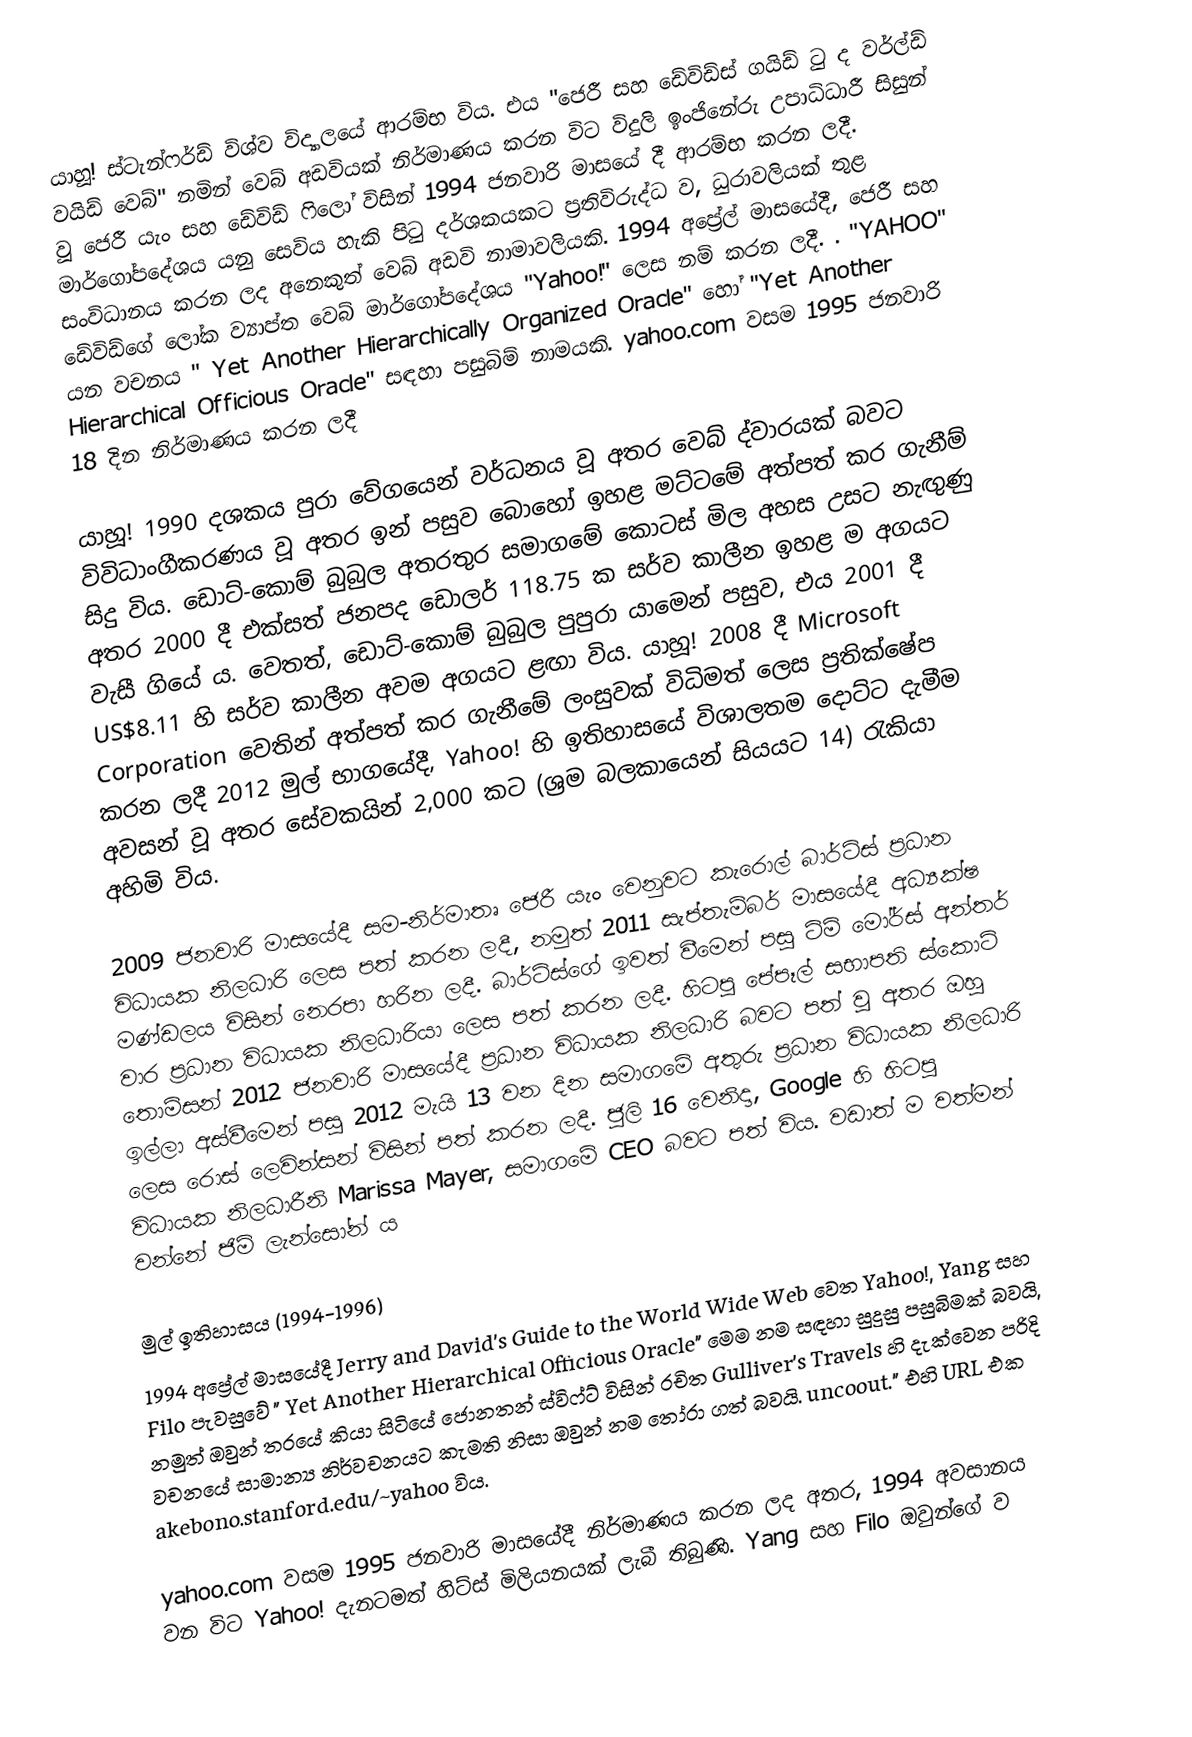
යාහූ! ස්ටැන්ෆර්ඩ් විශ්ව විද්‍යාලයේ ආරම්භ විය.  එය "ජෙරී සහ ඩේවිඩ්ස් ගයිඩ් ටු ද වර්ල්ඩ් වයිඩ් වෙබ්" නමින් වෙබ් අඩවියක් නිර්මාණය කරන විට විදුලි ඉංජිනේරු උපාධිධාරී සිසුන් වූ ජෙරී යැං සහ ඩේවිඩ් ෆිලෝ විසින් 1994 ජනවාරි මාසයේ දී ආරම්භ කරන ලදී. මාර්ගෝපදේශය යනු සෙවිය හැකි පිටු දර්ශකයකට ප්‍රතිවිරුද්ධ ව, ධුරාවලියක් තුළ සංවිධානය කරන ලද අනෙකුත් වෙබ් අඩවි නාමාවලියකි. 1994 අප්‍රේල් මාසයේදී, ජෙරී සහ ඩේවිඩ්ගේ ලෝක ව්‍යාප්ත වෙබ් මාර්ගෝපදේශය "Yahoo!" ලෙස නම් කරන ලදී. .   "YAHOO" යන වචනය " Yet Another Hierarchically Organized Oracle"  හෝ "Yet Another Hierarchical Officious Oracle" සඳහා පසුබිම් නාමයකි.  yahoo.com වසම 1995 ජනවාරි 18 දින නිර්මාණය කරන ලදී

යාහූ! 1990 දශකය පුරා වේගයෙන් වර්ධනය වූ අතර වෙබ් ද්වාරයක් බවට විවිධාංගීකරණය වූ අතර ඉන් පසුව බොහෝ ඉහළ මට්ටමේ අත්පත් කර ගැනීම් සිදු විය. ඩොට්-කොම් බුබුල අතරතුර සමාගමේ කොටස් මිල අහස උසට නැඟුණු අතර 2000 දී එක්සත් ජනපද ඩොලර් 118.75 ක සර්ව කාලීන ඉහළ ම අගයට වැසී ගියේ ය.   වෙතත්, ඩොට්-කොම් බුබුල පුපුරා යාමෙන් පසුව, එය 2001 දී US$8.11 හි සර්ව කාලීන අවම අගයට ළඟා විය. යාහූ! 2008 දී Microsoft Corporation වෙතින් අත්පත් කර ගැනීමේ ලංසුවක් විධිමත් ලෙස ප්‍රතික්ෂේප කරන ලදී  2012 මුල් භාගයේදී, Yahoo! හි ඉතිහාසයේ විශාලතම දොට්ට දැමීම අවසන් වූ අතර සේවකයින් 2,000 කට (ශ්‍රම බලකායෙන් සියයට 14) රැකියා අහිමි විය.

2009 ජනවාරි මාසයේදී සම-නිර්මාතෘ ජෙරී යැං වෙනුවට කැරොල් බාර්ට්ස් ප්‍රධාන විධායක නිලධාරි ලෙස පත් කරන ලදී,  නමුත් 2011 සැප්තැම්බර් මාසයේදී අධ්‍යක්ෂ මණ්ඩලය විසින් නෙරපා හරින ලදී. බාර්ට්ස්ගේ ඉවත් වීමෙන් පසු ටිම් මෝර්ස් අන්තර් වාර ප්‍රධාන විධායක නිලධාරියා ලෙස පත් කරන ලදී.  හිටපු පේපෑල් සභාපති ස්කොට් තොම්සන් 2012 ජනවාරි මාසයේදී ප්‍රධාන විධායක නිලධාරි බවට පත් වූ අතර ඔහු ඉල්ලා අස්වීමෙන් පසු 2012 මැයි 13 වන දින සමාගමේ අතුරු ප්‍රධාන විධායක නිලධාරි ලෙස රොස් ලෙවින්සන් විසින් පත් කරන ලදී. ජුලි 16 වෙනිදා, Google හි හිටපු විධායක නිලධාරීනි Marissa Mayer, සමාගමේ CEO බවට පත් විය.  වඩාත් ම වත්මන් වන්නේ ජිම් ලැන්සෝන් ය

මුල් ඉතිහාසය (1994-1996)
1994 අප්‍රේල් මාසයේදී Jerry and David's Guide to the World Wide Web වෙත Yahoo!, Yang සහ Filo පැවසුවේ " Yet Another Hierarchical Officious Oracle" මෙම නම සඳහා සුදුසු පසුබිමක් බවයි, නමුත් ඔවුන් තරයේ කියා සිටියේ ජොනතන් ස්විෆ්ට් විසින් රචිත Gulliver's Travels හි දැක්වෙන පරිදි වචනයේ සාමාන්‍ය නිර්වචනයට කැමති නිසා ඔවුන් නම තෝරා ගත් බවයි. uncoout." එහි URL එක akebono.stanford.edu/~yahoo විය.

yahoo.com වසම 1995 ජනවාරි මාසයේදී නිර්මාණය කරන ලද අතර,  1994 අවසානය වන විට Yahoo! දැනටමත් හිට්ස් මිලියනයක් ලැබී තිබුණි. Yang සහ Filo ඔවුන්ගේ ව